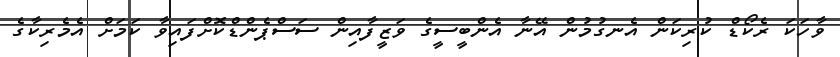
ވާހަކަ ރެކޯޑް ކުރިކަން އެނގުމުން އޭނާ އެންބީސީގެ ވަޒީފާއިން ސަސްޕެންޑްކޮށްފައިވާ ކަމަށް އެމެރިކާގެ